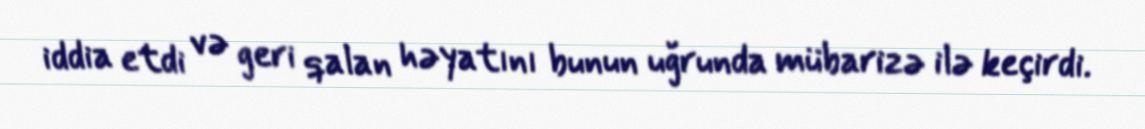
iddia etdi və geri qalan həyatını bunun uğrunda mübarizə ilə keçirdi.